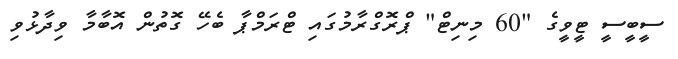
ސީބީސީ ޓީވީގެ "60 މިނިޓް" ޕްރޮގްރާމުގައި ޓްރަމްޕާ ބެހޭ ގޮތުން އޮބާމާ ވިދާޅުވި